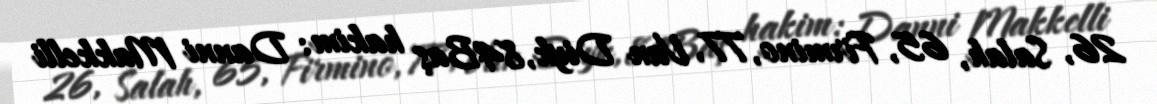
26, Salah, 65, Firmino, 77, Van Diyk, 84Baş hakim: Danni Makkelli